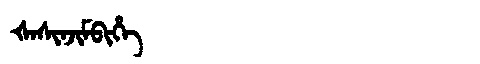
Manchu: ᡧᠠᠰᡳᠨᠵᡳᠮᠪᡳᡥᡝ
Romanization: ŠASINJIMBIHE